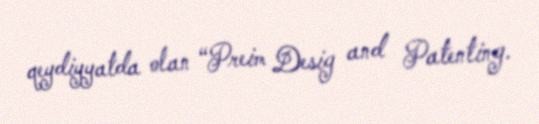
qeydiyyatda olan “Preim Desig and Patenting.